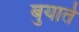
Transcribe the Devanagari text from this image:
बुयार्त